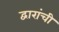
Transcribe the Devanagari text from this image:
द्वारांची